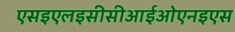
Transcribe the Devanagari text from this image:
एसइएलइसीसीआईओएनइएस